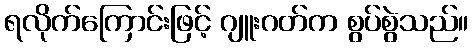
ရလိုက်ကြောင်းဖြင့် ဂျူးဂတ်က စွပ်စွဲသည်။